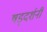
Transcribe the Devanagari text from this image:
षड्दर्शनी